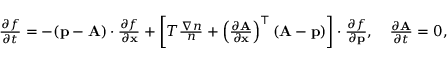
\begin{array} { r l } & { \frac { \partial f } { \partial t } = - ( { \mathbf p } - { \mathbf A } ) \cdot \frac { \partial f } { \partial { \mathbf x } } + \left[ T \frac { \nabla n } { n } + \left( \frac { \partial { \mathbf A } } { \partial \mathbf x } \right) ^ { \top } ( { \mathbf A } - { \mathbf p } ) \right] \cdot \frac { \partial f } { \partial { \mathbf p } } , \quad \frac { \partial { \mathbf A } } { \partial t } = 0 , } \end{array}